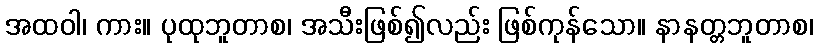
အထဝါ၊ ကား။ ပုထုဘူတာစ၊ အသီးဖြစ်၍လည်း ဖြစ်ကုန်သော။ နာနတ္တဘူတာစ၊